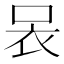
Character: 𧘗